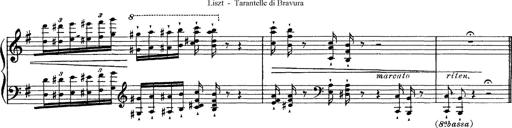
Title: Tarantelle di bravura dâ€™aprÃ¨s la tarantelle de La muette de Portici
Composer: Franz Liszt